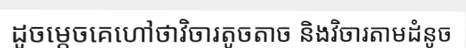
ដូចម្តេចគេហៅថាវិចារតូចតាច និងវិចារតាមដំនូច